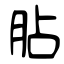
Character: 胋